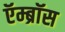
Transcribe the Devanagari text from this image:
ऍम्ब्रॉस